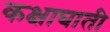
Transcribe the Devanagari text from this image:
कक्षाघाती